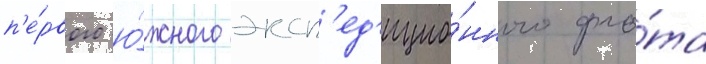
п'е́рвого ю́жного эксп'ед'ицио́нного фло́та